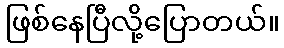
ဖြစ်နေပြီလို့ပြောတယ်။